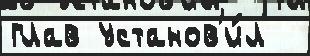
глав установ'и́л